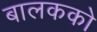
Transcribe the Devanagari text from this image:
बालकको